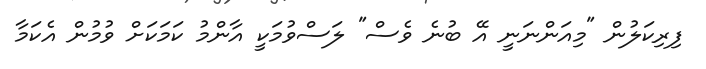
ފިރިކަލުން "މިއަންނަނީ އޭ ބުނެ ވެސް" ލަސްވުމަކީ އާންމު ކަމަކަށް ވުމުން އެކަމާ